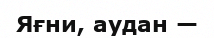
Яғни, аудан —